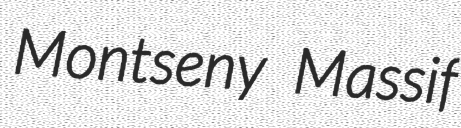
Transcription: Montseny Massif